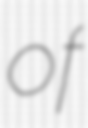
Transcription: of